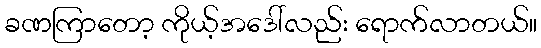
ခဏကြာတော့ ကိုယ့်အဒေါ်လည်း ရောက်လာတယ်။